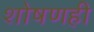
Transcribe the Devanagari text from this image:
शोषणही